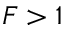
F > 1